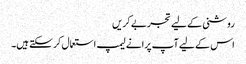
روشنی کے لیے تجربے کریں
اس کے لیے آپ پرانے لیمپ استعمال کر سکتے ہیں۔